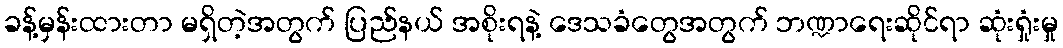
ခန့်မှန်းထားတာ မရှိတဲ့အတွက် ပြည်နယ် အစိုးရနဲ့ ဒေသခံတွေအတွက် ဘဏ္ဍာရေးဆိုင်ရာ ဆုံးရှုံးမှု